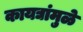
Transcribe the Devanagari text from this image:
कायद्यांमुळे